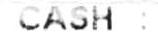
CASH: